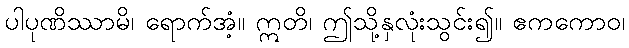
ပါပုဏိဿာမိ၊ ရောက်အံ့။ ဣတိ၊ ဤသို့နှလုံးသွင်း၍။ ဧကကောဝ၊